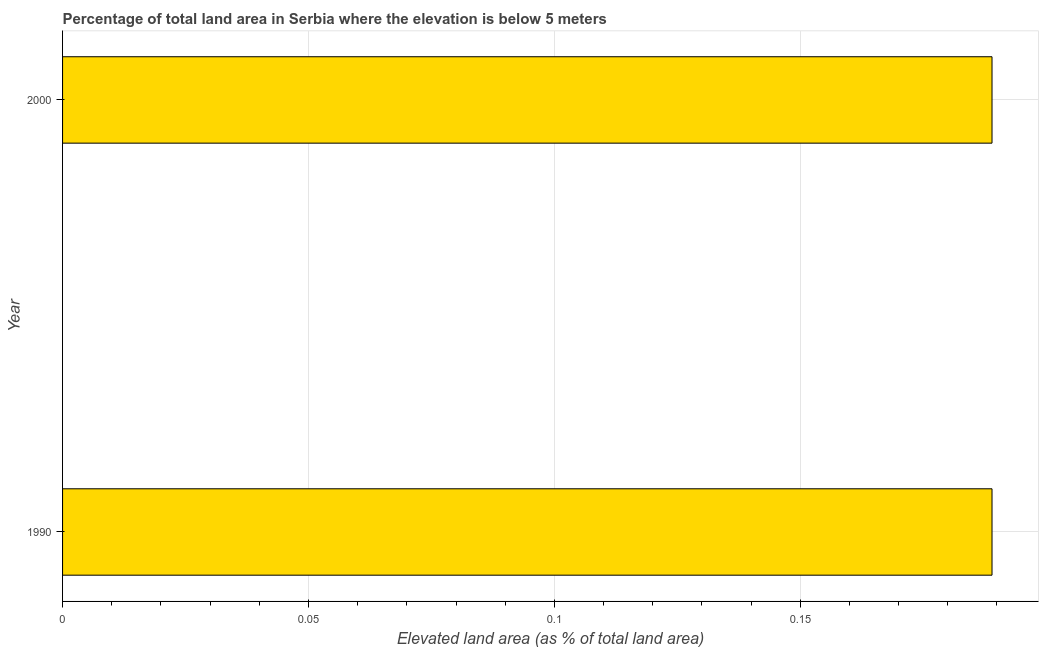
| Year | Land area |
 | --- | --- |
 | 1990 | 0.189 |
 | 2000 | 0.189 |